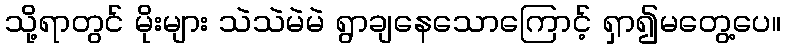
သို့ရာတွင် မိုးများ သဲသဲမဲမဲ ရွာချနေသောကြောင့် ရှာ၍မတွေ့ပေ။